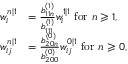
\begin{array} { r l } { w _ { i } ^ { n | 1 } } & { = \frac { b _ { 1 1 n } ^ { ( 1 ) } } { b _ { 1 1 1 } ^ { ( 1 ) } } w _ { i } ^ { 1 | 1 } \mathrm { ~ f o r ~ } n \geqslant 1 , } \\ { w _ { i j } ^ { n | 1 } } & { = \frac { b _ { 2 0 n } ^ { ( 0 ) } } { b _ { 2 0 0 } ^ { ( 0 ) } } w _ { i j } ^ { 0 | 1 } \mathrm { ~ f o r ~ } n \geqslant 0 , } \end{array}